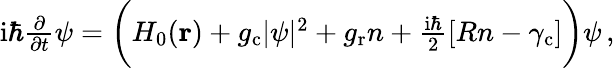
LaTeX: \begin{array}{r}{\mathrm{i}\hbar\frac{\partial}{\partial t}\psi=\biggl(H_{0}(\textbf{r})+g_{\mathrm{c}}|\psi|^{2}+g_{\mathrm{r}}n+\frac{\mathrm{i}\hbar}{2}[Rn-\gamma_{\mathrm{c}}]\biggr)\psi\, ,}\end{array}